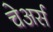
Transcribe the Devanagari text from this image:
चेअर्स